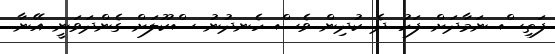
ފަތިސް ނަމާދަށް ފަހު ދެ ކުދިން ވެސް ހެނދުނު ސްކޫލަށް ގެންދަވަނީ އޭނާ